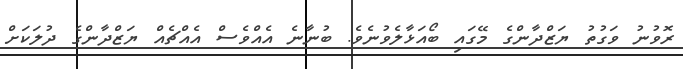
ރޮވުނު ވަގުތު ޔަޒްދާންގެ މޭގައި ބޯއަޅާލެވުނެވެ. ބުނާނެ އެއްވެސް އެއްޗެއް ޔަޒްދާންގެ ދުލަކަށް